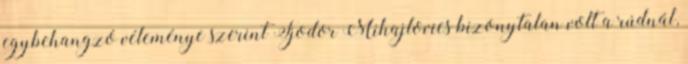
egybehangzó véleménye szerint Fjodor Mihajlovics bizonytalan volt a rúdnál,